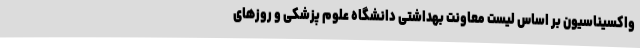
واکسیناسیون بر اساس لیست معاونت بهداشتی دانشگاه علوم پزشکی و روزهای